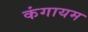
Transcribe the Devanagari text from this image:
कंगायम